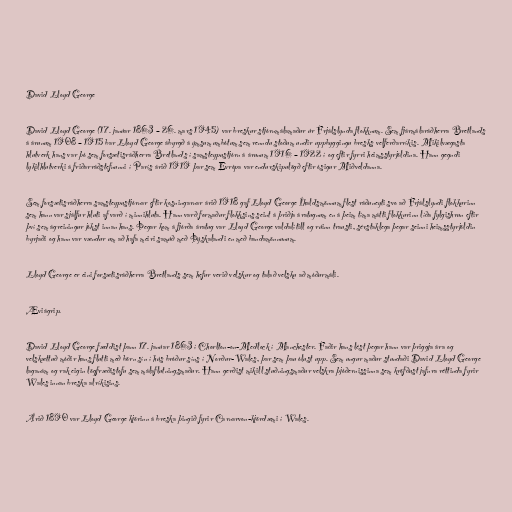
David Lloyd George

David Lloyd George (17. janúar 1863 – 26. mars 1945) var breskur stjórnmálamaður úr Frjálslynda flokknum. Sem fjármálaráðherra Bretlands
á árunum 1908 – 1915 bar Lloyd George ábyrgð á ýmsum umbótum sem renndu stoðum undir uppbyggingu bresks velferðarríkis. Mikilvægasta
hlutverk hans var þó sem forsætisráðherra Bretlands í samsteypustjórn á árunum 1916 – 1922 í og eftir fyrri heimsstyrjöldina. Hann gegndi
lykilhlutverki á friðarráðstefnunni í París árið 1919 þar sem Evrópa var endurskipulögð eftir ósigur Miðveldanna.

Sem forsætisráðherra samsteypustjórnar eftir kosningarnar árið 1918 gaf Lloyd George Íhaldsmönnum flest ráðuneyti svo að Frjálslyndi flokkurinn
sem hann var sjálfur hluti af varð í minnihluta. Hann varð formaður flokksins seint á þriðja áratugnum en á þeim tíma mátti flokkurinn líða fylgishrun eftir
því sem ágreiningur jókst innan hans. Þegar kom á fjórða áratug var Lloyd George valdalítill og rúinn trausti, sérstaklega þegar seinni heimsstyrjöldin
byrjaði og hann var vændur um að hafa meiri samúð með Þýskalandi en með bandamönnunum.

Lloyd George er eini forsætisráðherra Bretlands sem hefur verið velskur og talað velsku að móðurmáli.

Æviágrip.

David Lloyd George fæddist þann 17. janúar 1863 í Chorlton-on-Medlock í Manchester. Faðir hans lést þegar hann var þriggja ára og
velskættuð móðir hans flutti með börn sín í hús bróður síns í Norður-Wales, þar sem þau ólust upp. Sem ungur maður stundaði David Lloyd George
laganám og rak eigin lögfræðistofu sem málaflutningsmaður. Hann gerðist mikill stuðningsmaður velskra þjóðernissinna sem kröfðust jafnra réttinda fyrir
Wales innan breska alríkisins.

Árið 1890 var Lloyd George kjörinn á breska þingið fyrir Carnarvon-kjördæmi í Wales.